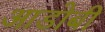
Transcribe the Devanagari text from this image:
आडोबी